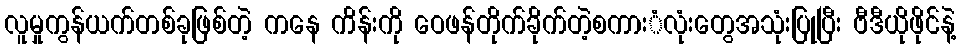
လူမှုကွန်ယက်တစ်ခုဖြစ်တဲ့ ကနေ ကိန်းကို ဝေဖန်တိုက်ခိုက်တဲ့စကားံလုံးတွေအသုံးပြုပြီး ဗီဒီယိုဖိုင်နဲ့